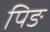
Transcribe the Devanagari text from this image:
पिङ